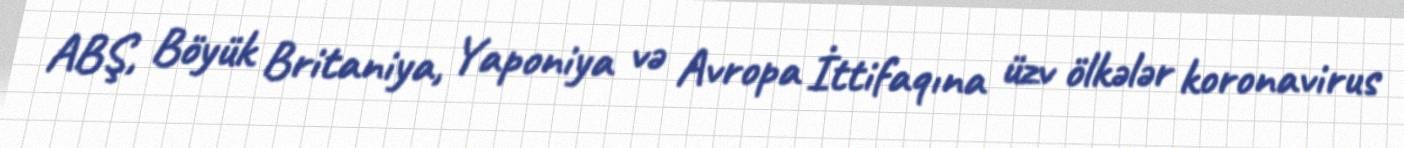
ABŞ, Böyük Britaniya, Yaponiya və Avropa İttifaqına üzv ölkələr koronavirus